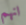
انهم